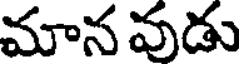
మానవుడు